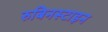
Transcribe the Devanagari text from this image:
रुबिनस्टाइन